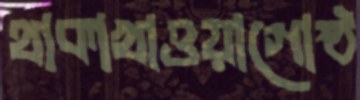
থাকাখাওয়াগোষ্ঠ